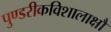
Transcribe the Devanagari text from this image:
पुण्डरीकविशालाक्षौ